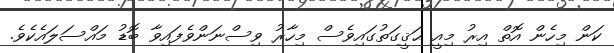
ކަން މިހެން އޮތް އިރު މިއީ ޙަޤީގަތުގައިވެސް މިހާރު ވިސްނަންވެފައިވާ ބޮޑު މައްސަލައެކެވެ.